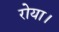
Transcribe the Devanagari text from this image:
रोया।